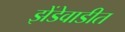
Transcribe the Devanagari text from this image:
झेंडेवाडीत